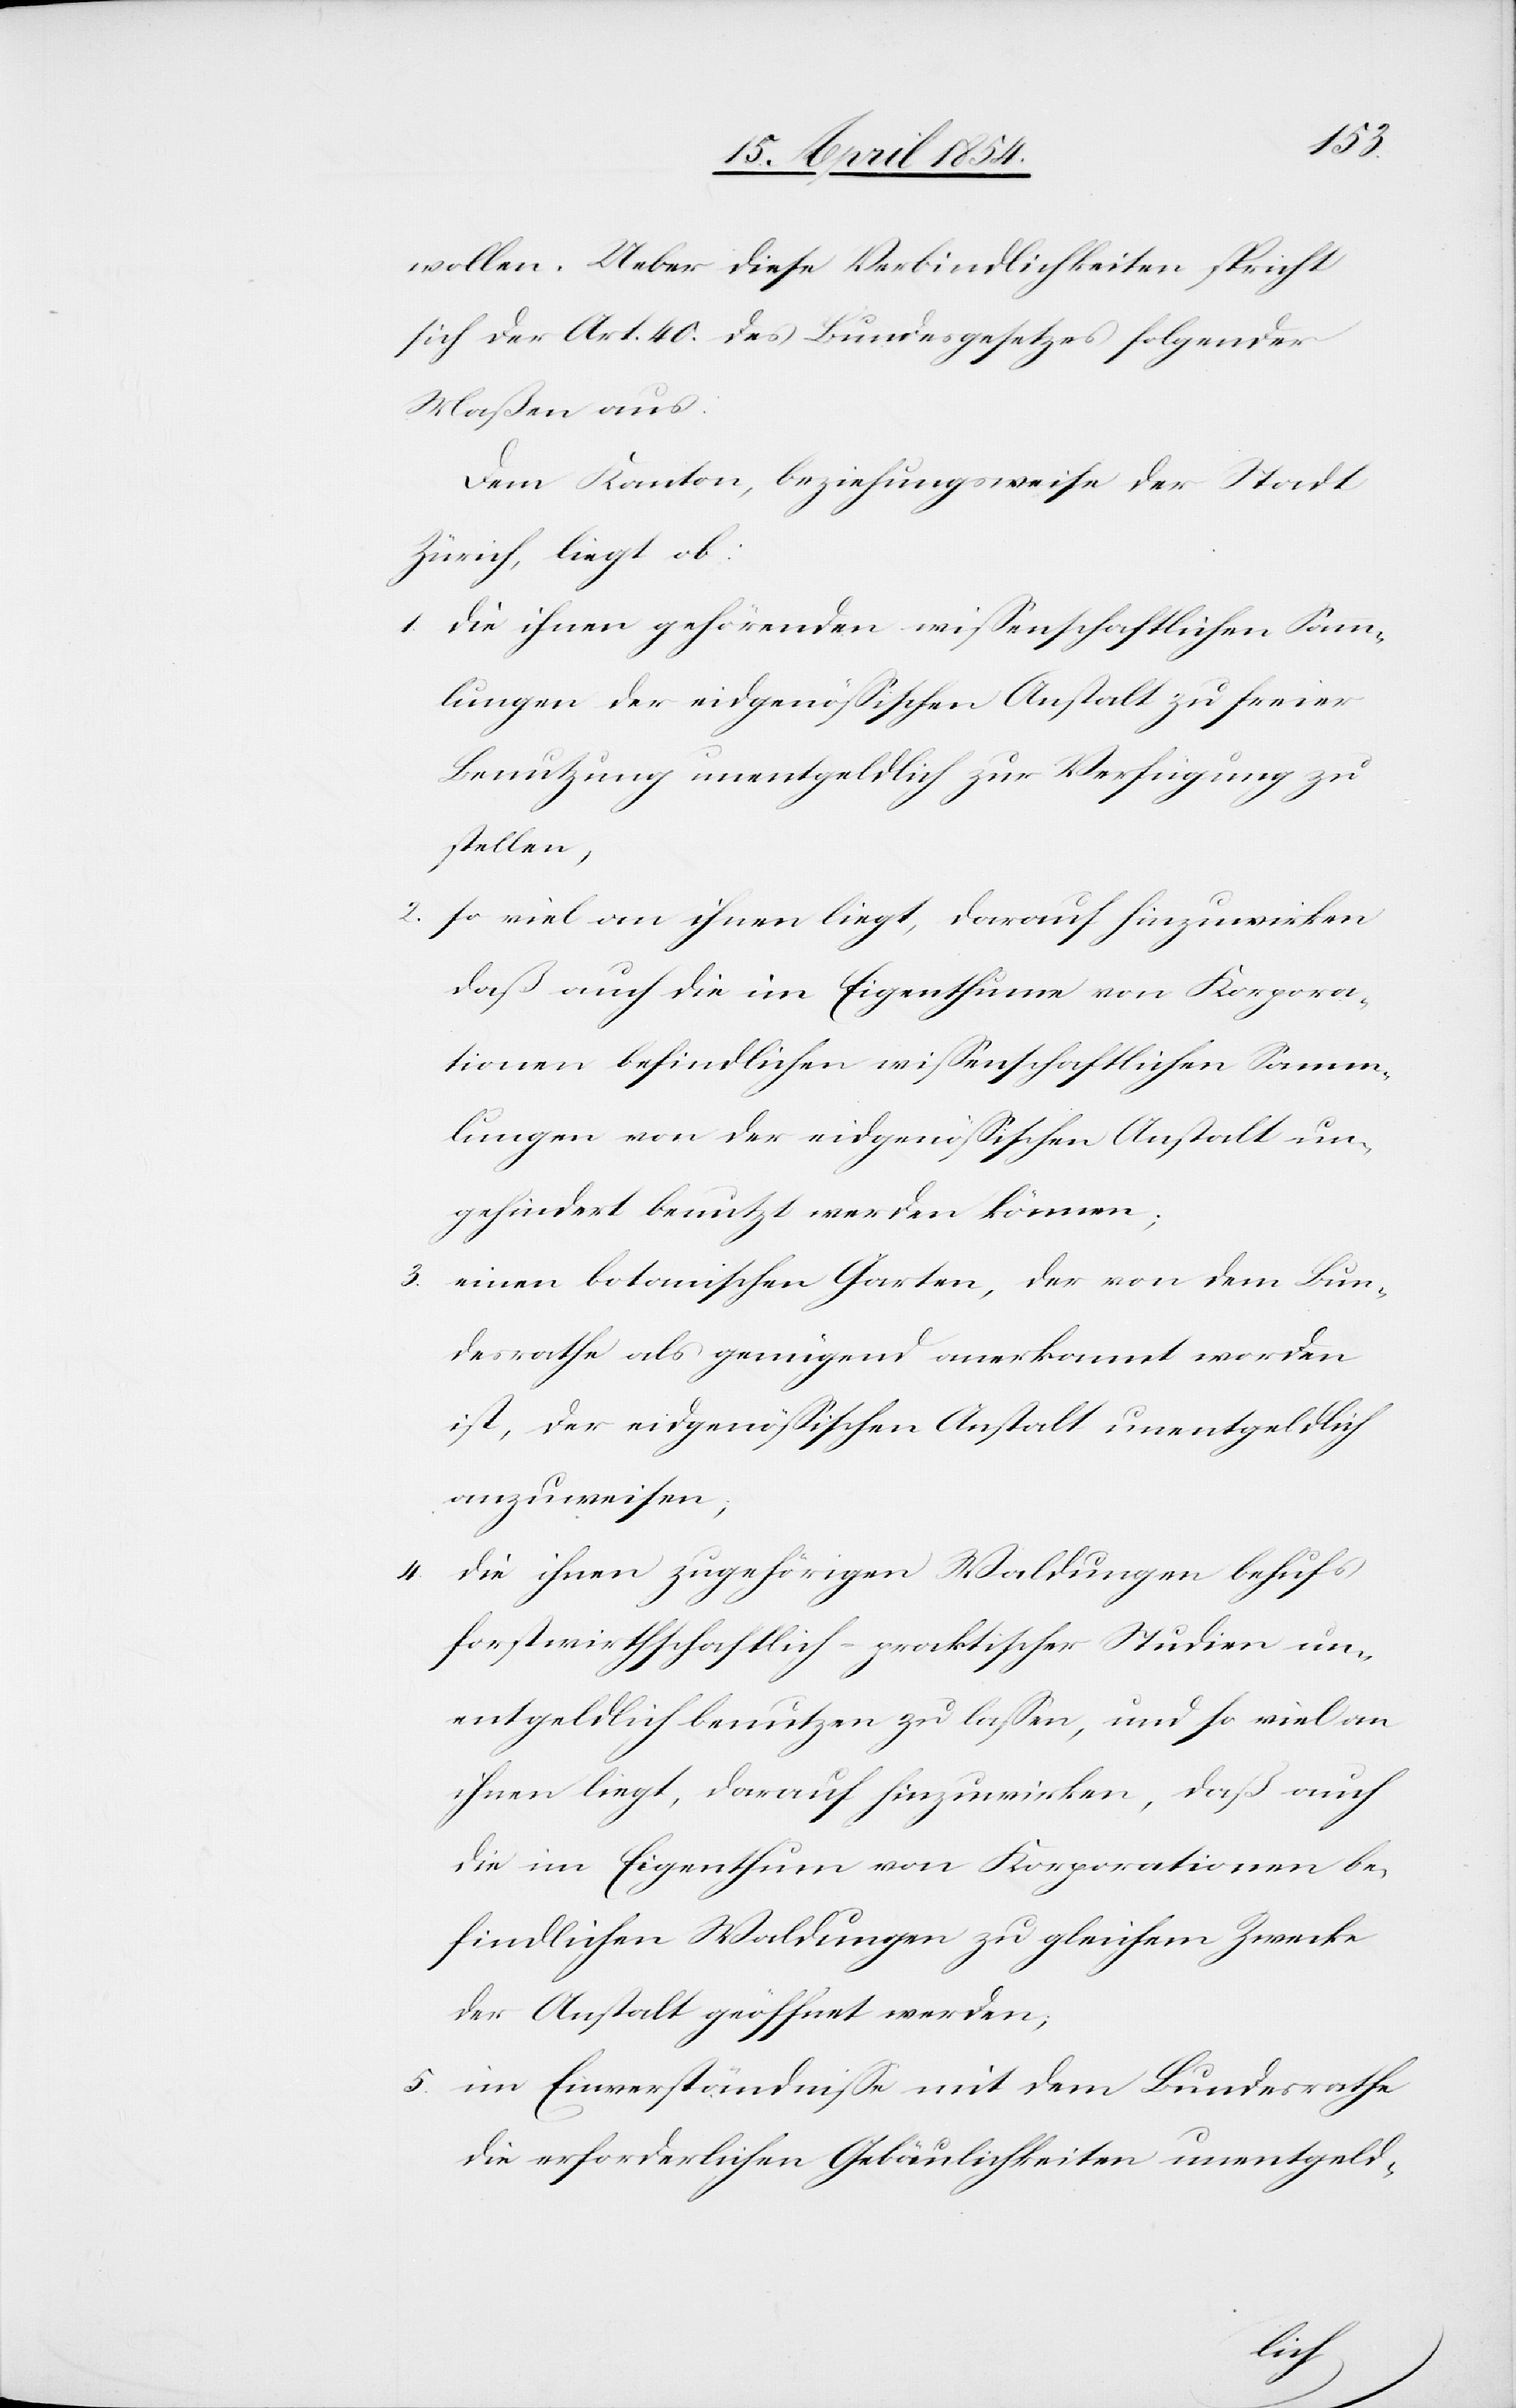
wollen. Ueber diese Verbindlichkeiten spricht
sich der Art. 40. des Bundesgesetzes folgender
Maßen aus.
Dem Kanton, beziehungsweise der Stadt
Zürich, liegt ob:
1. die ihnen gehörenden wißenschaftlichen Samm¬
lungen der eidgenößischen Anstalt zu freier
Benutzung unentgeldlich zur Verfügung zu
stellen,
2. so viel von ihnen liegt, darauf hinzuwirken,
daß auch die im Eigenthume von Korpora¬
tionen befindlichen wißenschaftlichen Samm¬
lungen von der eidgenößischen Anstalt un¬
gehindert benutzt werden können;
3. einen botanischen Garten, der von dem Bun¬
desrathe als genügend anerkannt worden
ist, der eidgenößischen Anstalt unentgeldlich
anzuweisen;
4. die ihnen zugehörigen Waldungen behufs
forstwirthschaftlich-praktischer Studien un¬
entgeldlich benutzen zu laßen, und so viel an
ihnen liegt, darauf hinzuwirken, daß auch
die im Eigenthum von Korporationen be¬
findlichen Waldungen zu gleichem Zwecke
der Anstalt geöffnet werden;
5. im Einverständniß mit dem Bundesrathe
die erforderlichen Gebäulichkeiten unentgeld-